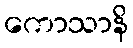
ကောသာနိ